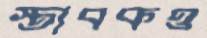
স্তাবকও